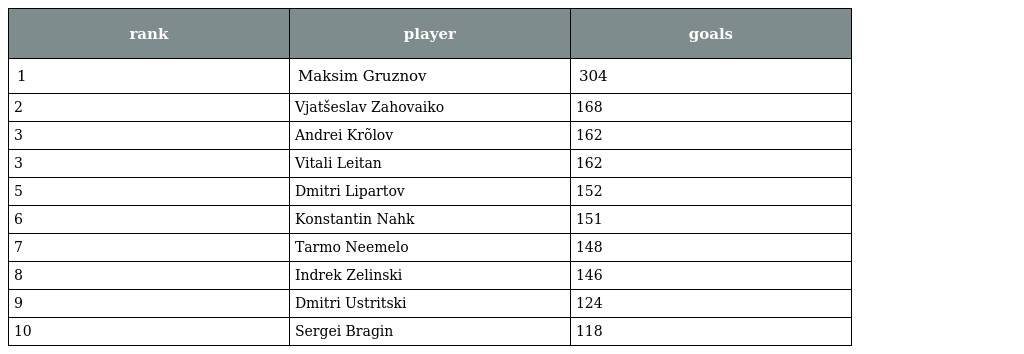
| rank | player | goals |
 | --- | --- | --- |
 | 1 | Maksim Gruznov | 304 |
 | 2 | Vjatšeslav Zahovaiko | 168 |
 | 3 | Andrei Krõlov | 162 |
 | 3 | Vitali Leitan | 162 |
 | 5 | Dmitri Lipartov | 152 |
 | 6 | Konstantin Nahk | 151 |
 | 7 | Tarmo Neemelo | 148 |
 | 8 | Indrek Zelinski | 146 |
 | 9 | Dmitri Ustritski | 124 |
 | 10 | Sergei Bragin | 118 |